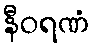
နီဝရဏံ